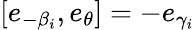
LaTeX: [e_{-\beta_{i}},e_{\theta}]=-e_{\gamma_{i}}